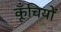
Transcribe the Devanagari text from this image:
कूँचियों